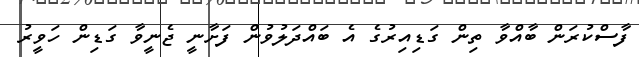
ފާސްކުރަން ބާއްވާ ތިން ގަޑިއިރުގެ އެ ބައްދަލުވުން ފަށާނީ ޖެނީވާ ގަޑިން ހަވީރު